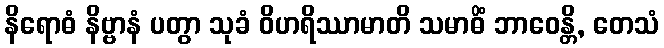
နိရောဓံ နိဗ္ဗာနံ ပတွာ သုခံ ဝိဟရိဿာမာတိ သမာဓိံ ဘာဝေန္တိ, တေသံ